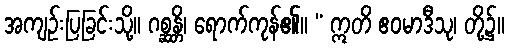
အကျဉ်းပြခြင်းသို့။ ဂစ္ဆန္တိ၊ ရောက်ကုန်၏။ “ ဣတိ ဧဝမာဒီသု၊ တို့၌။